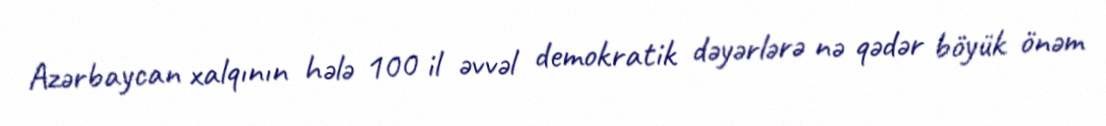
Azərbaycan xalqının hələ 100 il əvvəl demokratik dəyərlərə nə qədər böyük önəm